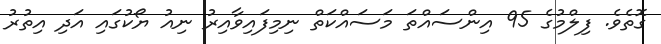
ގޮތެވެ. ފިލްމުގެ 95 އިންސައްތަ މަސައްކަތް ނިމިފައިވާއިރު ނިއު ޔޯކުގައި އަދި އިތުރު